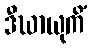
ဒီဃာယုကိံ